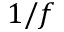
1 / f